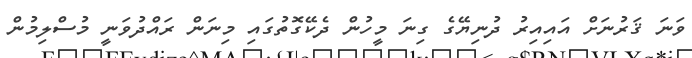
ވަނަ ޤަރުނަށް އައިއިރު ދުނިޔޭގެ ގިނަ މީހުން ދެކޭގޮތުގައި މިނަން ރައްދުވަނީ މުސްލިމުން